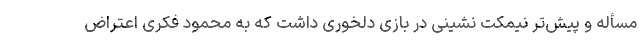
مسأله و پیش‌تر نیمکت نشینی در بازی دلخوری داشت که به محمود فکری اعتراض